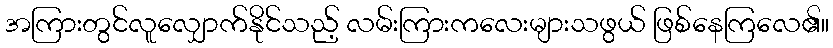
အကြားတွင်လူလျှောက်နိုင်သည့် လမ်းကြားကလေးများသဖွယ် ဖြစ်နေကြလေ၏။